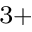
^ { 3 + }